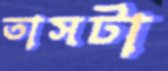
তাসটা